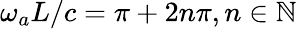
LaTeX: \omega_{a}L/c=\pi+2n\pi,n\in\mathbb{N}